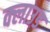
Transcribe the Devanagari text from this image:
क्‍लाउड